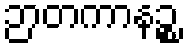
ဉာတကာနဉ္စ